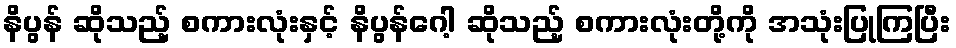
နိပွန် ဆိုသည့် စကားလုံးနှင့် နိပွန်ဂေါ့ ဆိုသည့် စကားလုံးတို့ကို အသုံးပြုကြပြီး